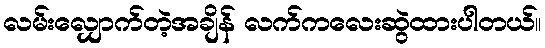
လမ်းလျှောက်တဲ့အချိန် လက်ကလေးဆွဲထားပါတယ်။